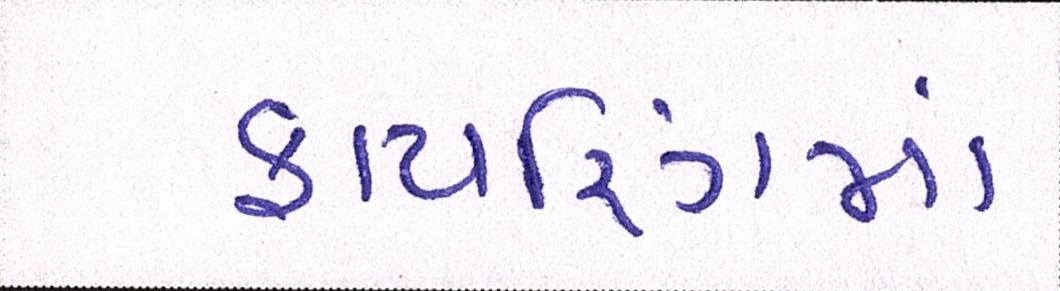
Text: ફાયરિંગમાં